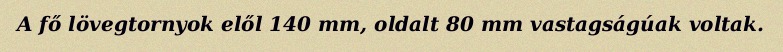
A fő lövegtornyok elől 140 mm, oldalt 80 mm vastagságúak voltak.